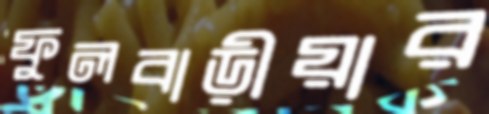
ফুলবাড়ীয়ার